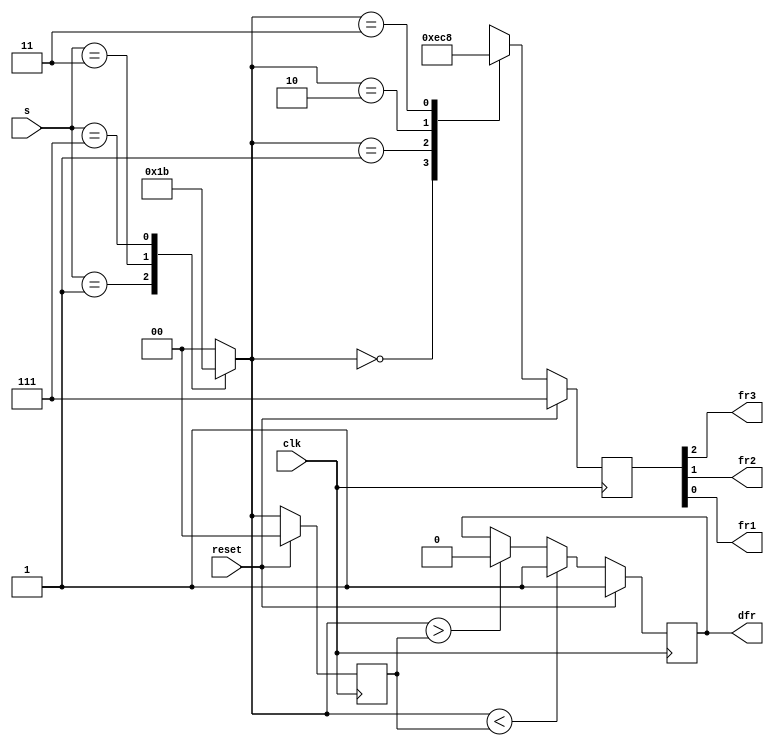
module top_module (
    input clk,
    input reset,
    input [3:1] s,
    output fr3,
    output fr2,
    output fr1,
    output dfr
);  
    reg [1:0] state , nstate;
    reg [2:0] outfr;
    parameter t1 = 2'b00, t2 = 2'b01, t3 = 2'b10, t4 = 2'b11;

    assign {fr3,fr2,fr1} = outfr;

    always@(posedge clk)begin
     if(reset)
            state <= t1;
        else
            state <= nstate;
    end
    
    always @ (*) begin
        nstate = t1;
        case (s)
            3'b000: nstate = t1;
            3'b001: nstate = t2;
            3'b011: nstate = t3;
            3'b111: nstate = t4;
            default: nstate = t1;
        endcase
    end

    always @ (posedge clk) begin
        if (reset)
        	outfr <= 3'b111;     
        else begin
            case (nstate)
                t1:outfr <= 3'b111;
                t2:outfr <= 3'b011;
                t3:outfr <= 3'b001;
                t4:outfr <= 3'b000;
            endcase
        end   
    end

    always @ (posedge clk) begin
        if (reset)
        	dfr <= 1;
        else begin 
            if (nstate < state)
                dfr <= 1;
            else if (nstate > state)
                dfr <= 0;
            else 
                dfr <= dfr;
        end
    end
endmodule